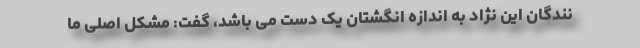
نندگان این نژاد به اندازه انگشتان یک دست می باشد، گفت: مشکل اصلی ما